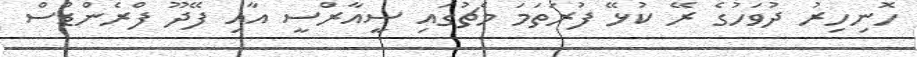
ހޮނިހިރު ދުވަހުގެ ރޭ ކުޅޭ ފުރަތަމަ މެޗުގައި ސީއާރްސީ އާއި ފޭދޫ ފްރެންޑްސް